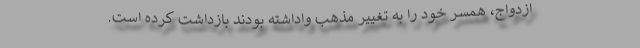
ازدواج، همسر خود را به تغییر مذهب واداشته‌ بودند بازداشت کرده است.